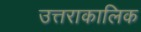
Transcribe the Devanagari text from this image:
उत्तराकालिक